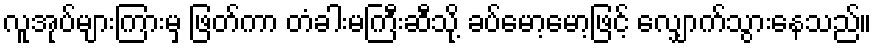
လူအုပ်များကြားမှ ဖြတ်ကာ တံခါးမကြီးဆီသို့ ခပ်မော့မော့ဖြင့် လျှောက်သွားနေသည်။